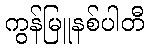
ကွန်မြူနစ်ပါတီ